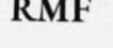
RMF